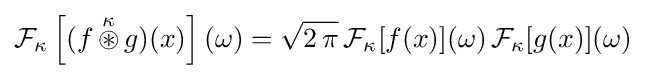
{\cal {F}}_{\kappa }\left[(f\,{\stackrel {\kappa }{\circledast }}\,g)(x)\right](\omega )={\sqrt {2\,\pi }}\,{\cal {F}}_{\kappa }[f(x)](\omega )\,{\cal {F}}_{\kappa }[g(x)](\omega )